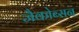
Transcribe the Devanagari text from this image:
जैकोब्सन